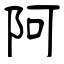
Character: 阿